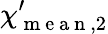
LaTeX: \mathbf{\chi}_{\mathrm{~m~e~a~n~},2}^{\prime}